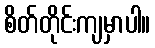
စိတ်တိုင်းကျမှာပါ။